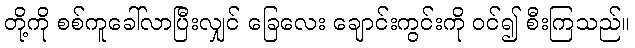
တို့ကို စစ်ကူခေါ်လာပြီးလျှင် ခြေလေး ချောင်းကွင်းကို ဝင်၍ စီးကြသည်။